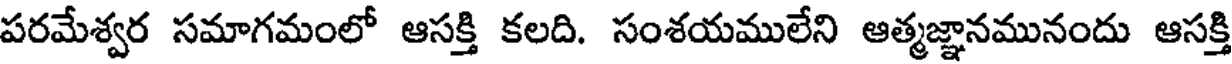
పరమేశ్వర సమాగమంలో ఆసక్తి కలది. సంశయములేని ఆత్మజ్ఞానమునందు ఆసక్తి